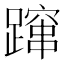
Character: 蹿